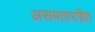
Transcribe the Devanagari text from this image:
असमतारहित